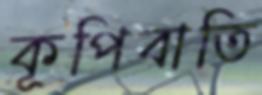
কূপিবাতি